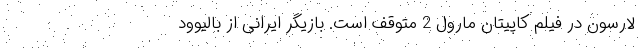
لارسون در فیلم کاپیتان مارول 2 متوقف است. بازیگر ایرانی از بالیوود